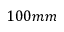
1 0 0 m m